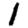
Digit: 1